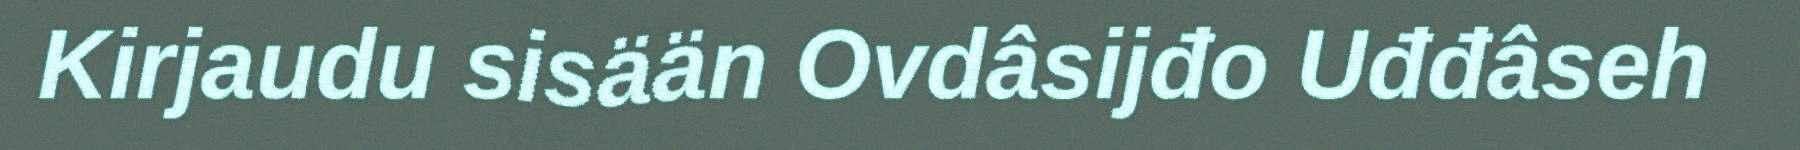
Kirjaudu sisään Ovdâsijđo Uđđâseh